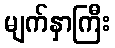
မျက်နှာကြီး